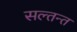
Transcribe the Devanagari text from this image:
सल्तन्त